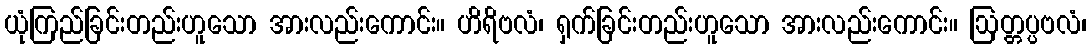
ယုံကြည်ခြင်းတည်းဟူသော အားလည်းကောင်း။ ဟိရိဗလံ၊ ရှက်ခြင်းတည်းဟူသော အားလည်းကောင်း။ ဩတ္တပ္ပဗလံ၊